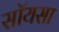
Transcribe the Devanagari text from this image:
सॉयसा